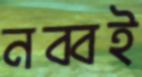
নব্বই